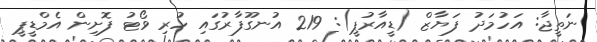
ނަތީޖާ: އަހުމަދު ފަޔާޒް (ޑީއާރުޕީ): 219 އުނގޫފާރުގައި ހުރި ވޯޓު ފޮށިން އެމްޑީޕީ